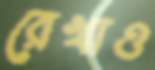
রেখাও